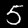
Label: 5